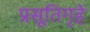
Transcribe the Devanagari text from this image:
प्रसूतिगृहे